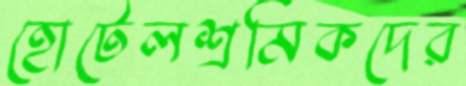
হোটেলশ্রমিকদের